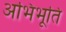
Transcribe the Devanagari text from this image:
अभिभूति